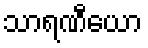
သာရဏီယော